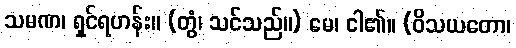
သမဏ၊ ရှင်ရဟန်း။ (တွံ၊ သင်သည်။) မေ၊ ငါ၏။ (ဝိသယတော၊